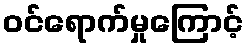
ဝင်ရောက်မှုကြောင့်